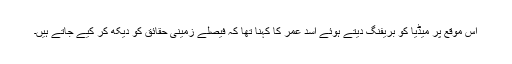
اس موقع پر میڈیا کو بریفنگ دیتے ہوئے اسد عمر کا کہنا تھا کہ فیصلے زمینی حقائق کو دیکھ کر کیے جاتے ہیں۔